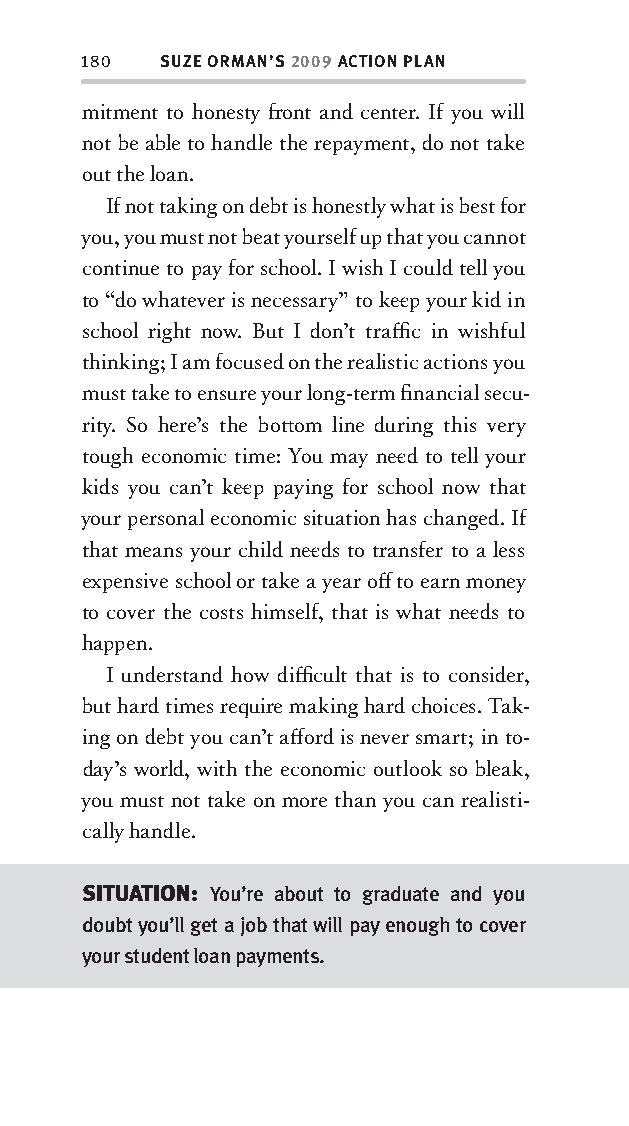
180  SUZE ORMAN’S 2009 ACTION PLAN
 mitment to honesty fr ont and center. If you will
 not be able to handle the repayment, do not take
 out the loan.
 If not taking on debt is honestly what is best for
 you, you must not beat yourself up that you cannot
 continue to pay for school. I wish I could tell you
 to “do whatever is necessary” to kee p your kid in
 school right now. But I don’t traffi c in wishful
 thinking; I am focused on the realistic actions you
 must take to ensure your long-term fi nancial secu-
 rity . So here’s the bott om line during this very
 tough economic time: You may nee d to tell your
 kids you can’t kee p paying for school now that
 your personal economic situation has changed. If
 that means your child nee ds to transfer to a less
 expensive school or take a year off to earn money
 to cover the costs himself, that is what nee ds to
 happen.
 I understand how diffi cult that is to consider,
 but hard times require making hard choices. Tak-
 ing on debt you can’t aff ord is never smart; in to-
 day’s world, with the economic outlook so bleak,
 you must not take on more than you can realisti-
 cally handle.
 SITUATION: You’re about to graduate and you
 doubt you’ll get a job that will pay enough to cover
 your student loan payments.
 OOrrmmaa__99778800338855553300993344__44pp__aallll__rr11..iinndddd 118800 1122//33//0088 99::3311::3366 AAMM